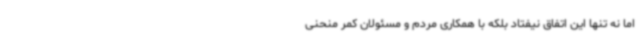
اما نه تنها این اتفاق نیفتاد بلکه با همکاری مردم و مسئولان کمر منحنی